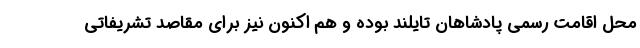
محل اقامت رسمی پادشاهان تایلند بوده و هم اکنون نیز برای مقاصد تشریفاتی